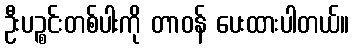
ဦးပဉ္စင်းတစ်ပါးကို တာဝန် ပေးထားပါတယ်။